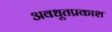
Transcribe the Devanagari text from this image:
अवधूतप्रकाश